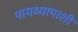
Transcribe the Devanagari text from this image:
पायथ्यापाशी